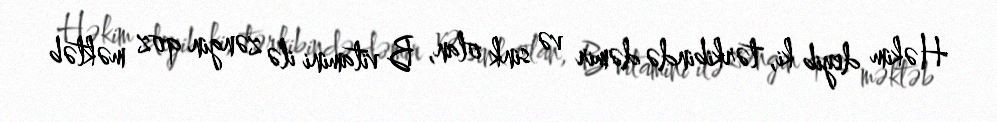
Həkim deyib ki, tərkibində dəmir və sink olan, B vitamini ilə zəngin qoz məktəb